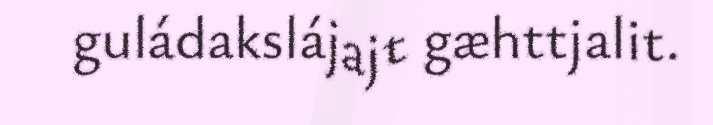
guládakslájajt gæhttjalit.